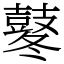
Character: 鼕